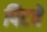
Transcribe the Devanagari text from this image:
पिटवे